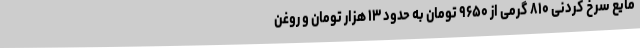
مایع سرخ کردنی ۸۱۰ گرمی از ۹۶۵۰ تومان به حدود ۱۳ هزار تومان و روغن